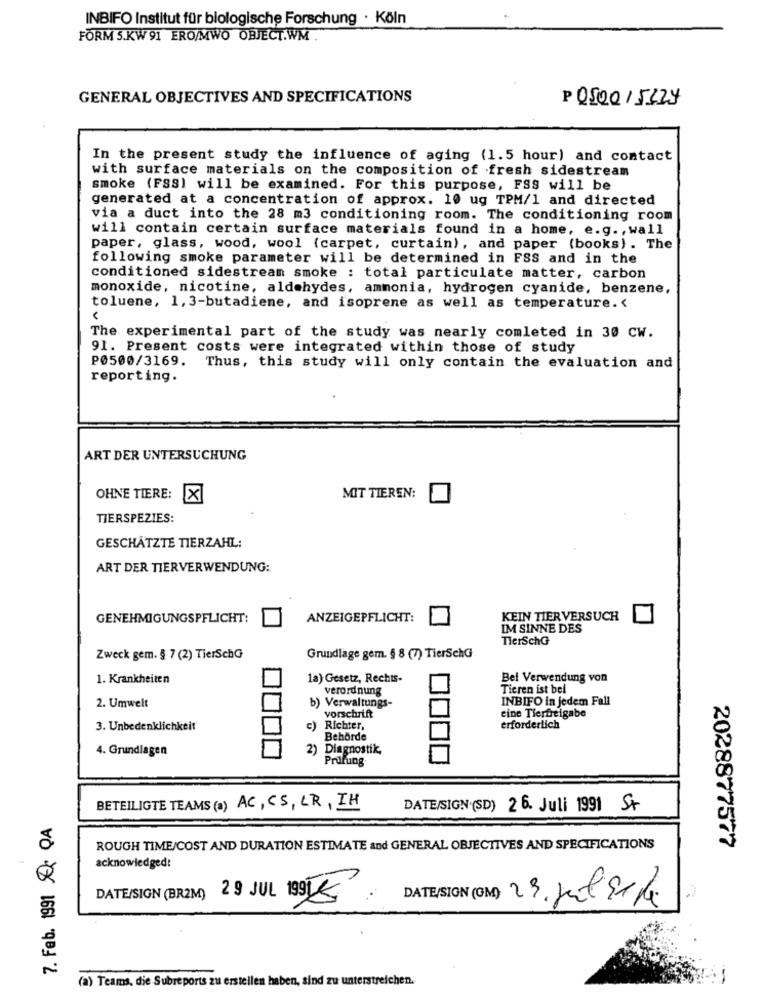
INBIFO Institut für biologische Forschung · Köln
FORM 5.KW 91 ERO/MWO OBJECT.WM .
GENERAL OBJECTIVES AND SPECIFICATIONS
P 050015229
In the present study the influence of aging (1.5 hour) and contact
with surface materials on the composition of fresh sidestream
smoke (FSS) will be examined. For this purpose, FSS will be
generated at a concentration of approx. 10 ug TPM/1 and directed
via a duct into the 28 m3 conditioning room. The conditioning room
will contain certain surface materials found in a home, e.g ., wall
paper, glass, wood, wool (carpet, curtain), and paper (books) . The
following smoke parameter will be determined in FSS and in the
conditioned sidestream smoke : total particulate matter, carbon
monoxide, nicotine, aldehydes, ammonia, hydrogen cyanide, benzene,
toluene, 1,3-butadiene, and isoprene as well as temperature.‹
The experimental part of the study was nearly comleted in 30 CW.
91. Present costs were integrated within those of study
P0500/3169. Thus, this study will only contain the evaluation and
reporting.
ART DER UNTERSUCHUNG
OHNE TIERE: X
MIT TIEREN:
TIERSPEZIES:
GESCHÄTZTE TIERZAHL:
ART DER TIERVERWENDUNG:
GENEHMIGUNGSPFLICHT:
ANZEIGEPFLICHT:
KEIN TIER VERSUCH
IM SINNE DES
TierSchG
Zweck gem. § 7 (2) TierSchG
Grundlage gem. § 8 (7) TierSchG
1. Krankheiten
1a) Gesetz, Rechts-
Bei Verwendung von
verordnung
Tieren ist bei
INBIFO in jedem Fall
2. Umwelt
b) Verwaltungs-
vorschrift
eine Tierfreigabe
3. Unbedenklichkeit'
c) Richter,
erforderlich
Behörde
4. Grundlagen
)Diagnostik,
Prüfung
BETEILIGTE TEAMS(a) AC, CS, LR, IH
DATE/SIGN (SD) 26. Juli 1991 St
7. Feb. 1991 O QA
ROUGH TIME/COST AND DURATION ESTIMATE and GENERAL OBJECTIVES AND SPECIFICATIONS
2028877577
acknowledged!
DATE/SIGN (BR2M) 29 JUL 199JK.
DATE/SION (OM) 29 Jul Erde
(a) Teams, die Subreports zu erstellen haben, sind zu unterstreichen.